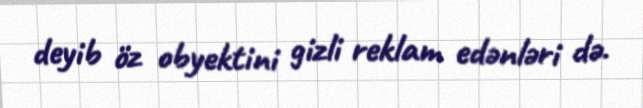
deyib öz obyektini gizli reklam edənləri də.